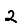
Digit: 2